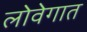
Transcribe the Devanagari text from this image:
लोवेगात